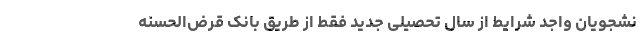
نشجویان واجد شرایط از سال تحصیلی جدید فقط از طریق بانک قرض‌الحسنه